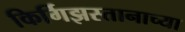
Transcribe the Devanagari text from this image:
किर्गिझस्तानाच्या